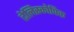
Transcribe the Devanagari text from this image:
टेलिस्कोपिक